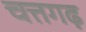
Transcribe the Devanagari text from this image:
चत्तगढ़